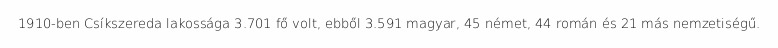
1910-ben Csíkszereda lakossága 3.701 fő volt, ebből 3.591 magyar, 45 német, 44 román és 21 más nemzetiségű.